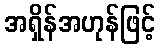
အရှိန်အဟုန်ဖြင့်